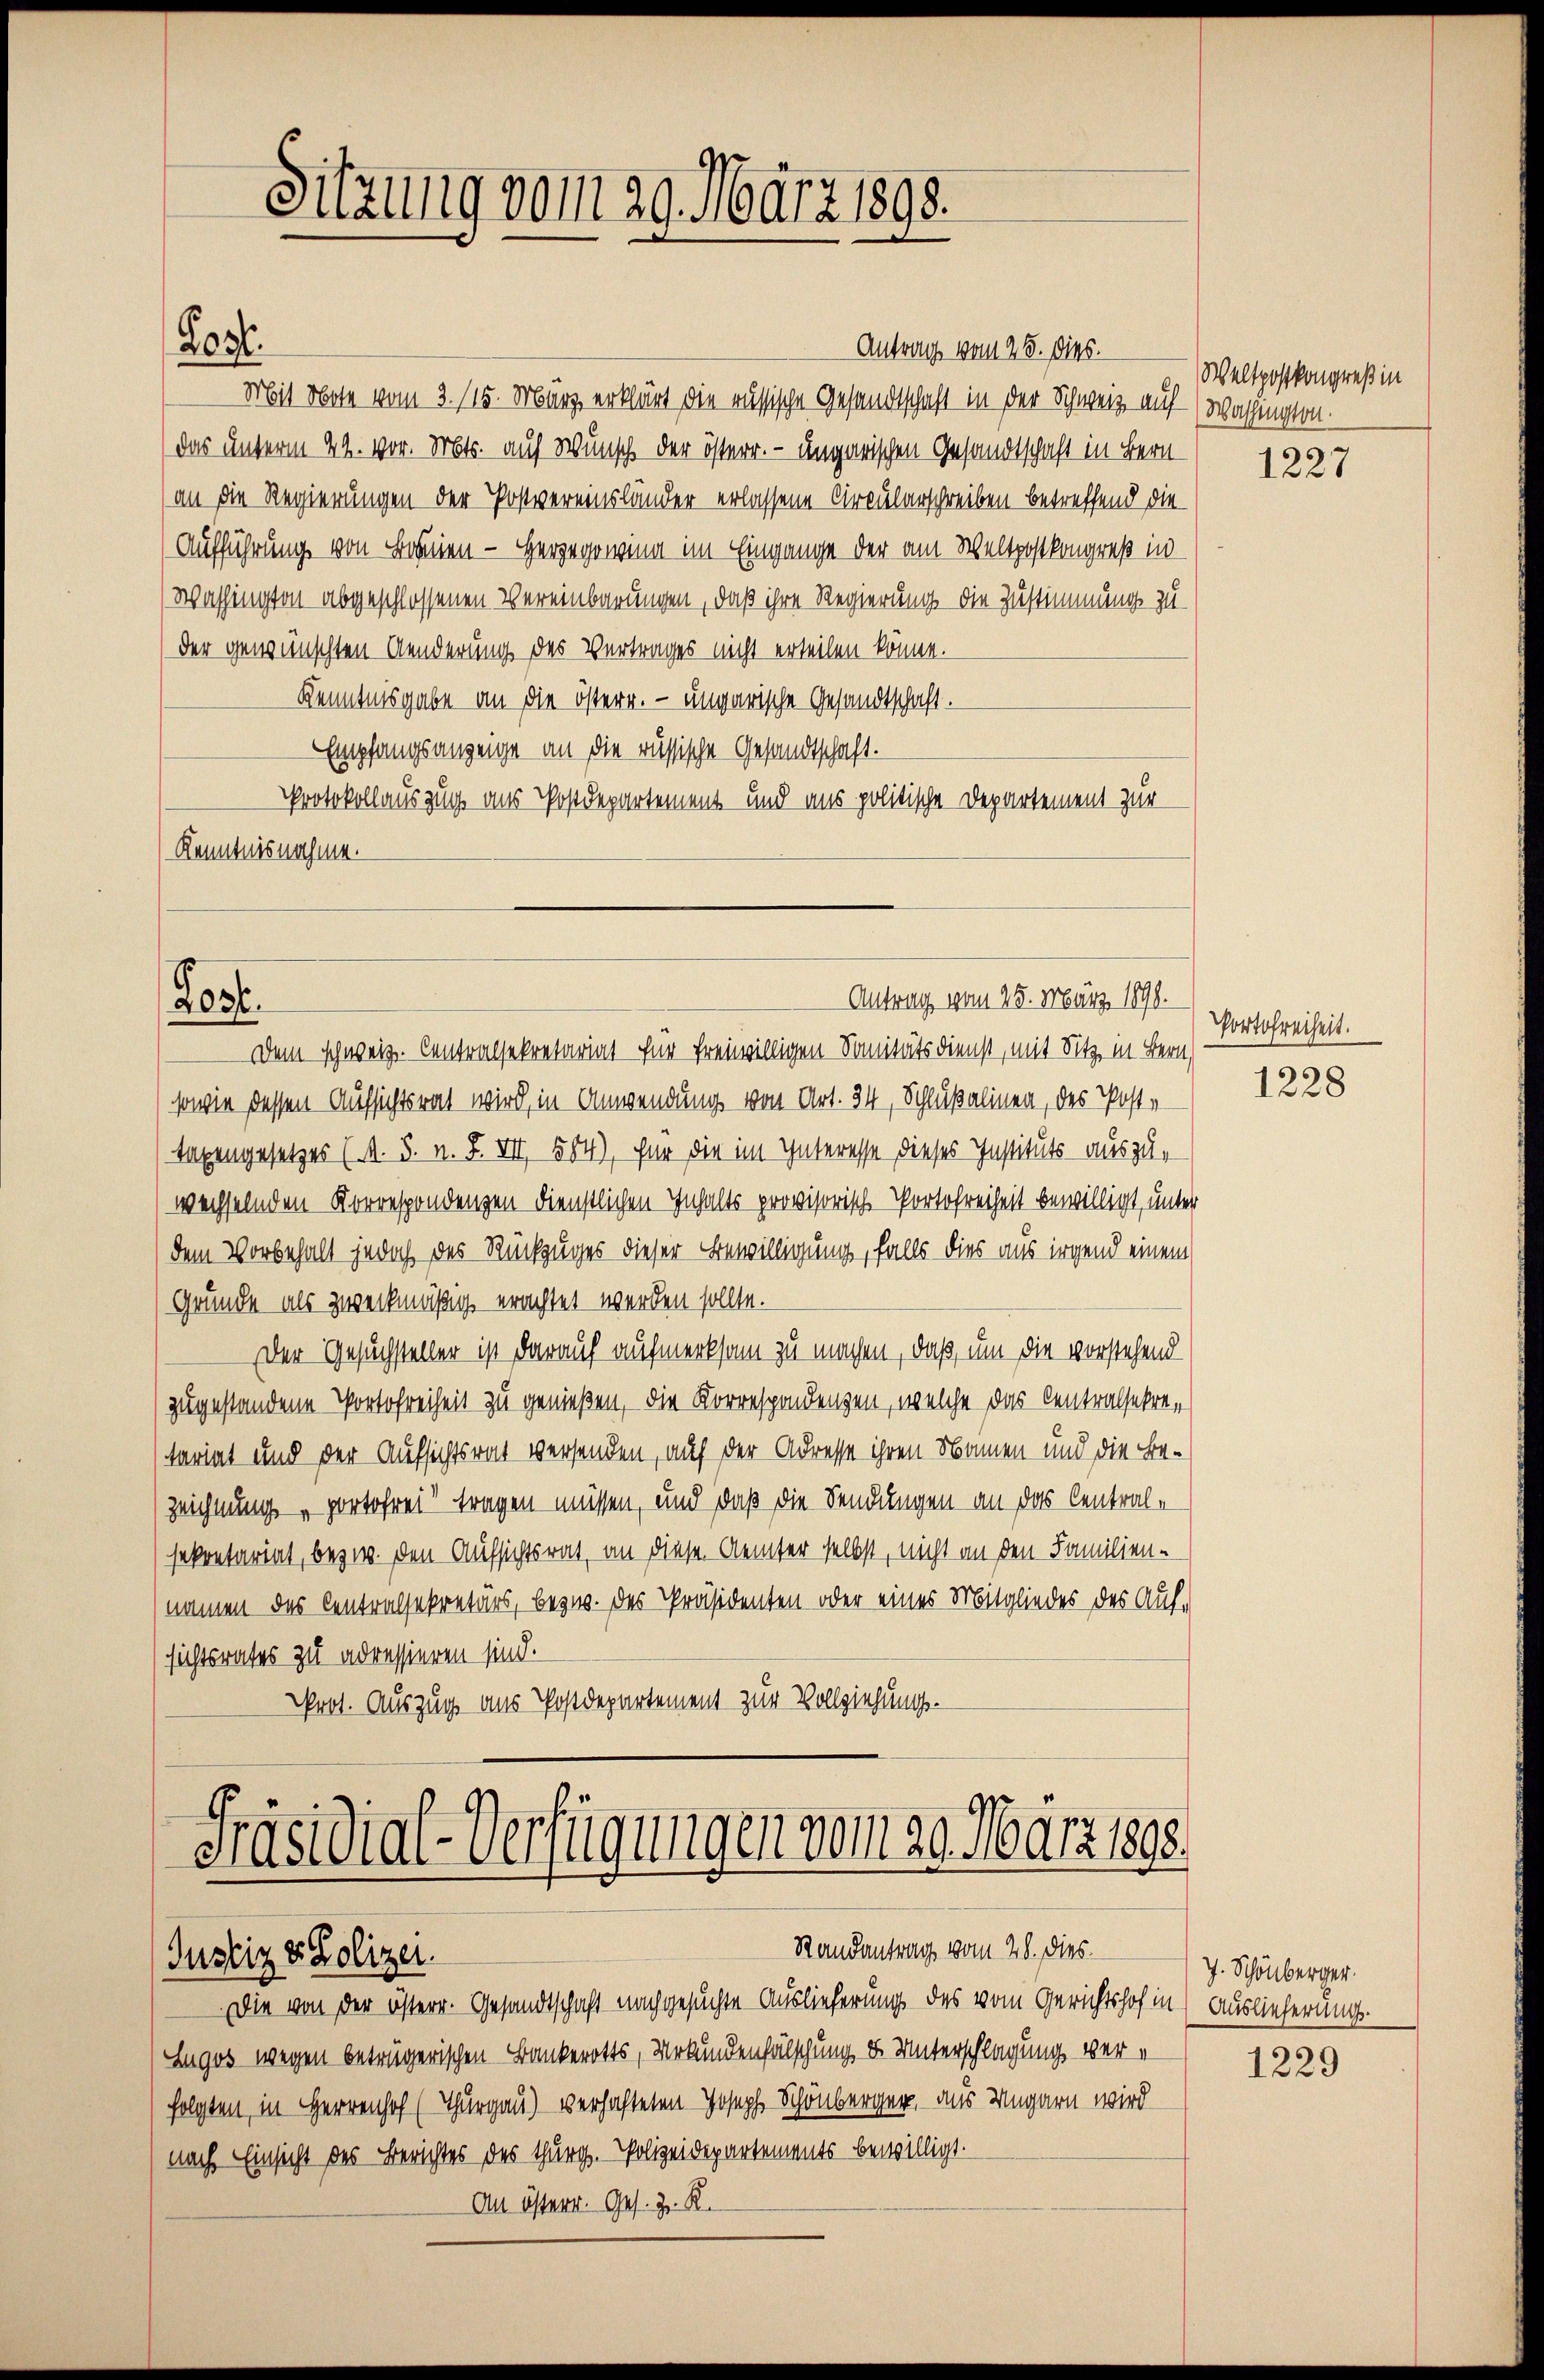
Antrag vom 28. Dieb.
Mit Note vom 3. 115. März erklärt die russische Gesandtschaft in der Schweiz auf (Washingtondas unterm 24. vor. Mts. auf Wunsch der österr. - ungarischen Gesandtschaft in Bern
(an die Regierungen der Postvereinsländer erlassene Circularschreiben betreffend die
Aufführung von Bon - Herzegowina im Eingange der am Weltpostkongreß in
Washington abgeschlossenen Vereinbarungen, daß ihre Regierung die Zustimmung zu
der gewünschten Aenderung des Vertrages nicht erteilen könne.
Kenntnisgabe an die österr. – ungarische Gesandtschaft.
Empfangsanzeige an die russische Gesandtschaft.
Protokollauszug aus Postdepartement und aus politische Departement zur
Kenntnisnahme.

Lost.

Sitzung vom 29. März 1898.

Los.

Dem schweiz. Centralsekretariat für freiwilligen Sanitätsdienst, mit Sitz in Bern,
sowie dessen Aufsichtsrat wird, in Anwendung von Art. 34, Schlußalinen, des Poste
Tagengesetzes (A. S. n. F. VII, 584), für die im Interesse dieses Instituts auszu-
wechselnden Korrespondenzen dienstlichen Inhalts provisorisch Portofreiheit bewilligt, unter
dem Vorbehalt jedoch des Rückzuges dieser Bewilligung, falls dies aus irgend einem
Gründe als zweckmäßig erachtet werden sollte.
Der Gesuchsteller ist darauf aufmerksam zu machen, daß, um die vorstehend
zugestandene Portofreiheit zu genießen, die Korrespondenzen, welche das Centralsekretariat und der Aufsichtsrat versenden, auf der Adresse ihren Namen und die Bezeichnung „portofrei tragen müssen, und daß die Sendungen an das Centralsekretariat, bezw. den Aufsichtsrat, an diese Aemter selbst, nicht an den Familien-
namen des Centralsekretärs, bezw. des Präsidenten oder eines Mitgliedes des Aufsichtsrates zu adressieren sind.
Prot. Auszug aus Postdepartement zur Vollziehungs-

Antrag vom 25. März 1890.

Präsidial-Verfügungen vom 29. März 1890.
Randantrag vom 28. dies
Justiz & Polizei.

Die von der österr. Gesandtschaft nachgesuchte Auslieferung des vom Gerichtshof in Auslieferung.
Zugos wegen beträgerischen Bankerotts, Urkundenfälschung u. Unterschlagung verfolgten, in Herren (Thurgau) verhafteten Joseph Schönberger, aus Ungarn wird
nach Einsicht des Berichtes des Thurg. Polizeidepartements bewilligt.
An österr. Ges. z. R.

Weltpostkongreß in

1227

Portofreiheit.

1228

J. Schönberger.

1229